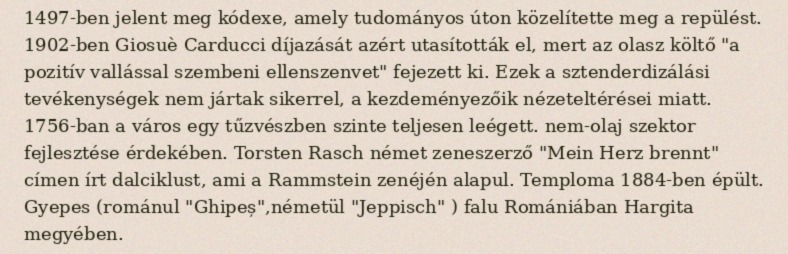
1497-ben jelent meg kódexe, amely tudományos úton közelítette meg a repülést. 1902-ben Giosuè Carducci díjazását azért utasították el, mert az olasz költő "a pozitív vallással szembeni ellenszenvet" fejezett ki. Ezek a sztenderdizálási tevékenységek nem jártak sikerrel, a kezdeményezőik nézeteltérései miatt. 1756-ban a város egy tűzvészben szinte teljesen leégett. nem-olaj szektor fejlesztése érdekében. Torsten Rasch német zeneszerző "Mein Herz brennt" címen írt dalciklust, ami a Rammstein zenéjén alapul. Temploma 1884-ben épült. Gyepes (románul "Ghipeș",németül "Jeppisch" ) falu Romániában Hargita megyében.